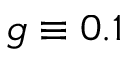
g \equiv 0 . 1